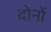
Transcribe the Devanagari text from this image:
दोनोंं